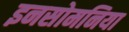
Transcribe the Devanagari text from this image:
इनसोमनिया